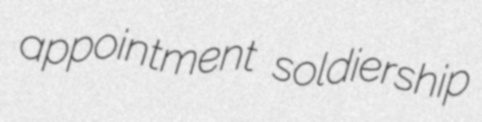
appointment soldiership